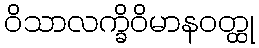
ဝိသာလက္ခိဝိမာနဝတ္ထု